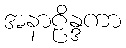
အနာဠိန္ဒကာ